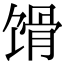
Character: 馉